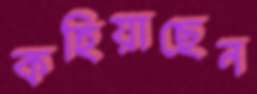
কহিয়াছেন